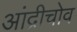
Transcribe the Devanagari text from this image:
आंद्रीचोव